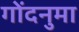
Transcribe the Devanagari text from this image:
गोंदनुमा